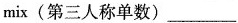
mix(第三人称单数)___